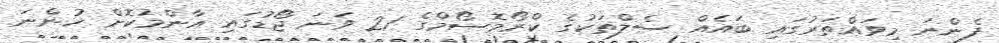
ފެންނަ މިވައްތަރުގައި ބައެއް ސެލްތަކުގެ ކްރޯމޮސޯމްގެ 21 ވަނަ ޖޯޑުގައި އާންމުކޮށް ހުންނަ